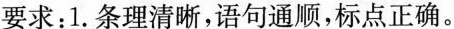
要求：1.条理清晰，语句通顺，标点正确。